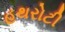
હથરોટી